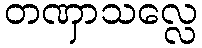
တဏှာသလ္လေ